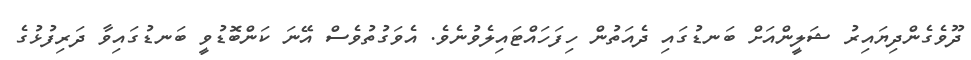
ދޫވެގެންދިޔައިރު ޝަލީންއަށް ބަނޑުގައި ދެއަތުން ހިފަހައްޓައިލެވުނެވެ. އެވަގުތުވެސް އޭނަ ކަންބޮޑުވީ ބަނޑުގައިވާ ދަރިފުޅުގެ